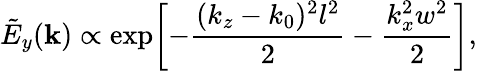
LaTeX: \tilde{E}_{y}({\mathbf k})\propto\exp\! \left[-\frac{(k_{z}-k_{0})^{2}l^{2}}{2}-\frac{k_{x}^{2}w^{2}}{2}\right],